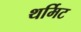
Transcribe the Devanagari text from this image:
थर्मिट